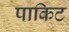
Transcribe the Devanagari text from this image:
पाकिट